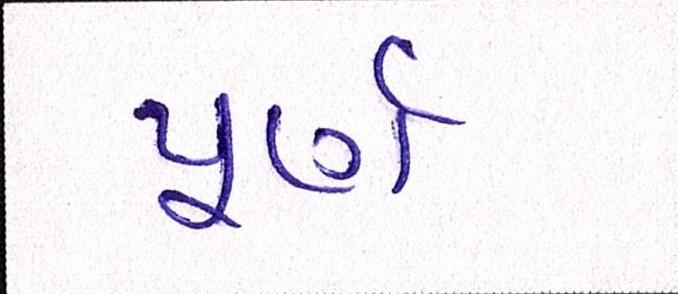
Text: પૂર્ણ